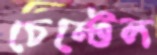
চেন্টেল